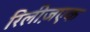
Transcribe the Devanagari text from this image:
रिलीज़एक